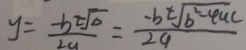
y = \frac { - b \pm \sqrt { \Delta } } { 2 a } = \frac { - b \pm \sqrt { b ^ { 2 } - 4 a c } } { 2 a }